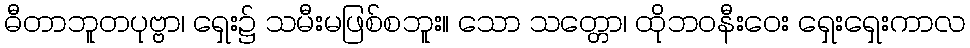
ဓီတာဘူတပုဗ္ဗာ၊ ရှေး၌ သမီးမဖြစ်စဘူး။ သော သတ္တော၊ ထိုဘဝနီးဝေး ရှေးရှေးကာလ